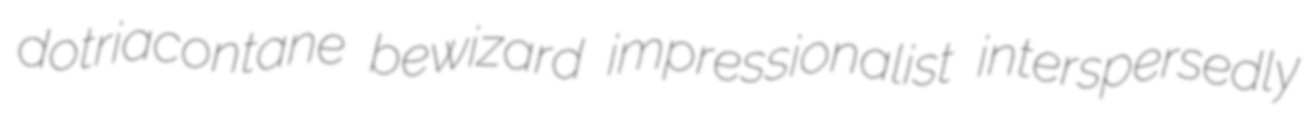
dotriacontane bewizard impressionalist interspersedly